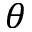
\theta